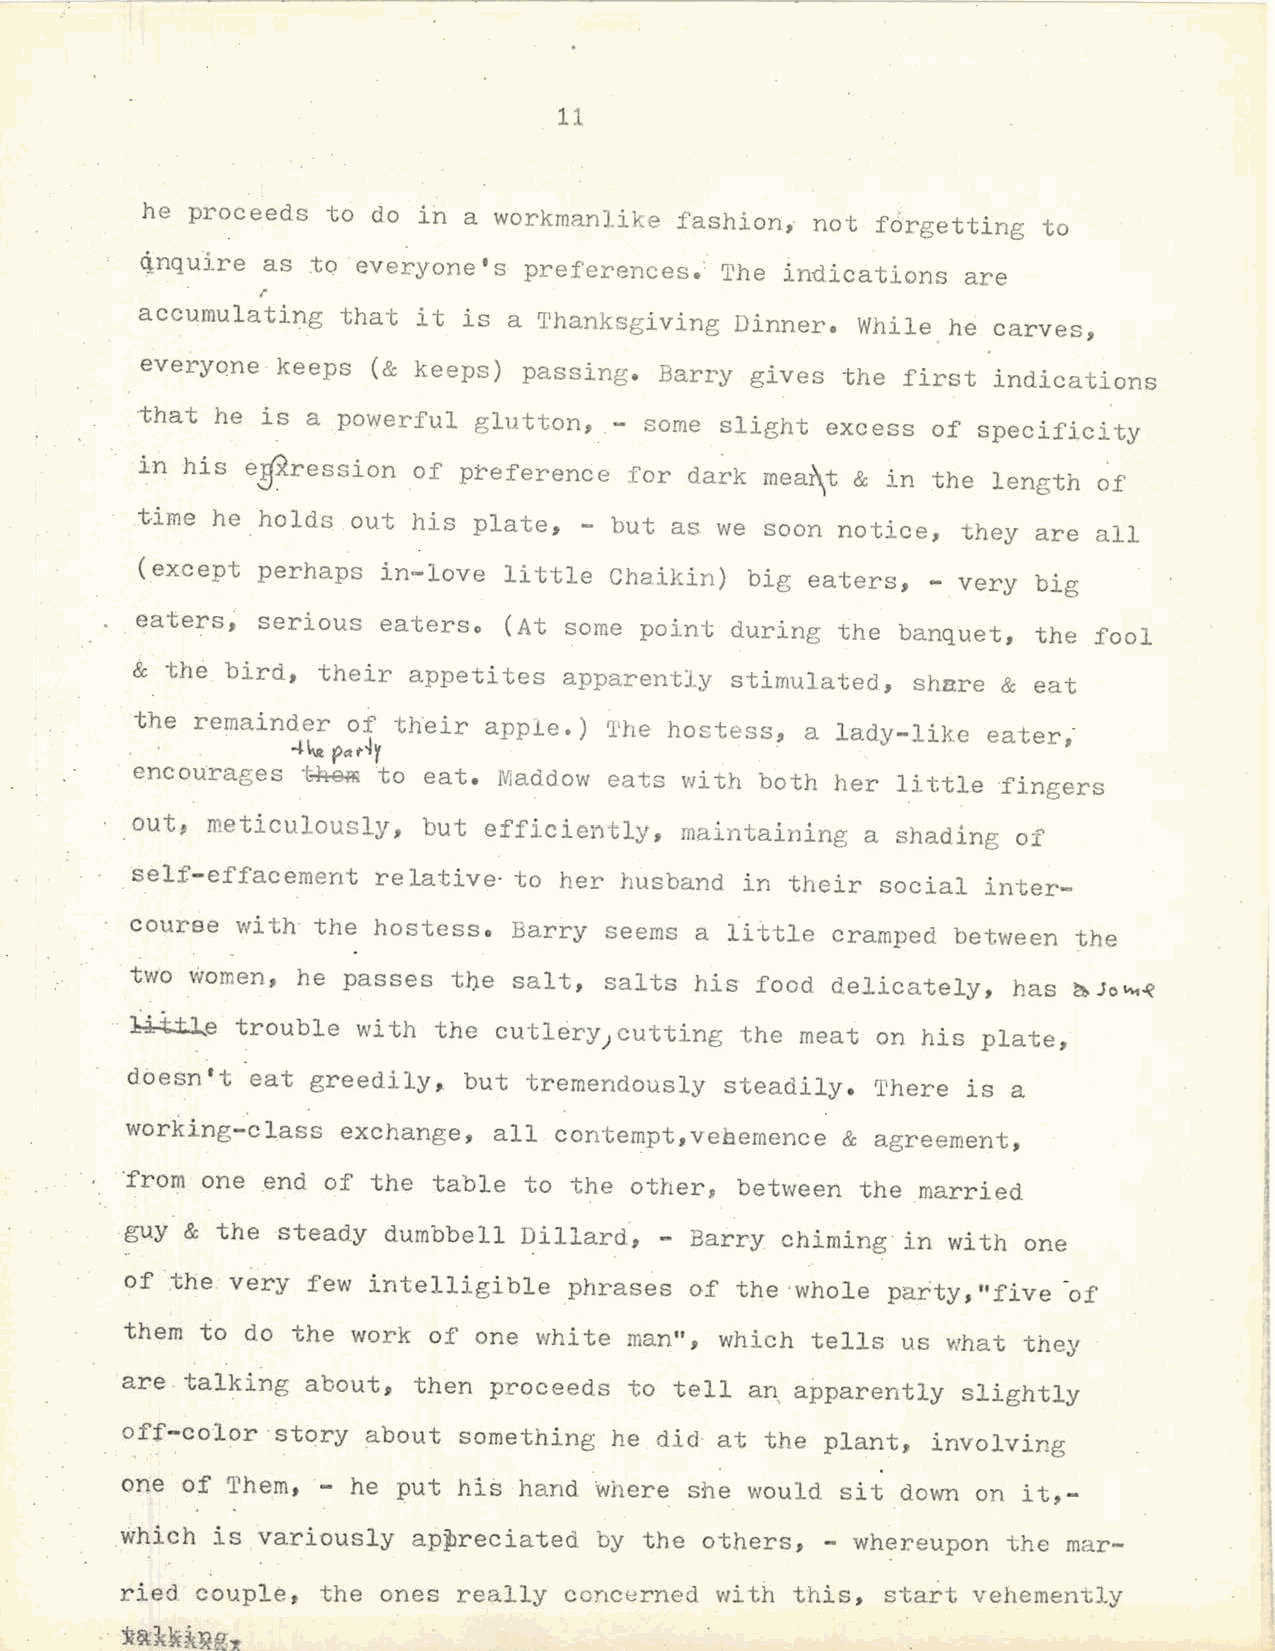
11
 he  proceeds to do in a workmanlike fashion, not forgetting to
 qnquire as to ·everyone's preferences.: The indications are
 I'
 accumulating  that it is a 'rhanksgiving Dinner. While he carves,
 everyone keeps  (& keeps) passing. Barry gives the first indications
 that he is a powerful glutton,  - some slight excess of specificity
 in his ewression  of preference  for dark mear\t & in the length of
 time he holds out his plate, - but as we  soon notice, they are all
 (except perhaps in-love little Chaikin)  big eaters, - very big
 _eaters, serious eaterso (At some point during the  banquet, the fool
 & th~ bird, their appetites apparently stimulated, share & eat
 the remainder of their apple.) 'l'he hostess, a lady-liltc eater,·
 . · .     4~ pat4y
 encourages t~   to eat. JVJaddow eats with both her little fingers
 out, meticulously, but efficiently, maintaining a shading of
 self-effacement relative· to her husband in their social inter
 course with· the hostess. Barry seems a little cramped between the
 two Women, he passes tbe salt, salts his food delicately, has
 ~Jo~~
 }ittJ~ trouble with the cutlery;cutting the meat on his plate,
 doesn't  eat greedily, but tremendously steadily. There is a
 wor~ing-class  exchange, all contempt,vehemence & agreement,
 ·from one ~nd of the table to the others between the married
 guy & the steady dumbbell  Dillard, - Barry chiming in with one
 of .the very few intelligible phrases of the ·whole party," five -of
 them to do the work of one  white man"  which tells us what the,y
 1
 are talking about, then proceeds  to tell a~ apparently slightly
 off-color story about something  he did at the plant, involving
 one of Them, - he put his hand. where she would sit down on it,
 Which is variously ap~reciated  by the others, - wh~reupon the mar
 ried couple, the ones really concerned with  this, stait vehemently